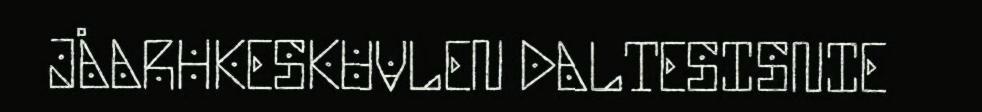
JÅARHKESKUVLEN DALTESISNIE